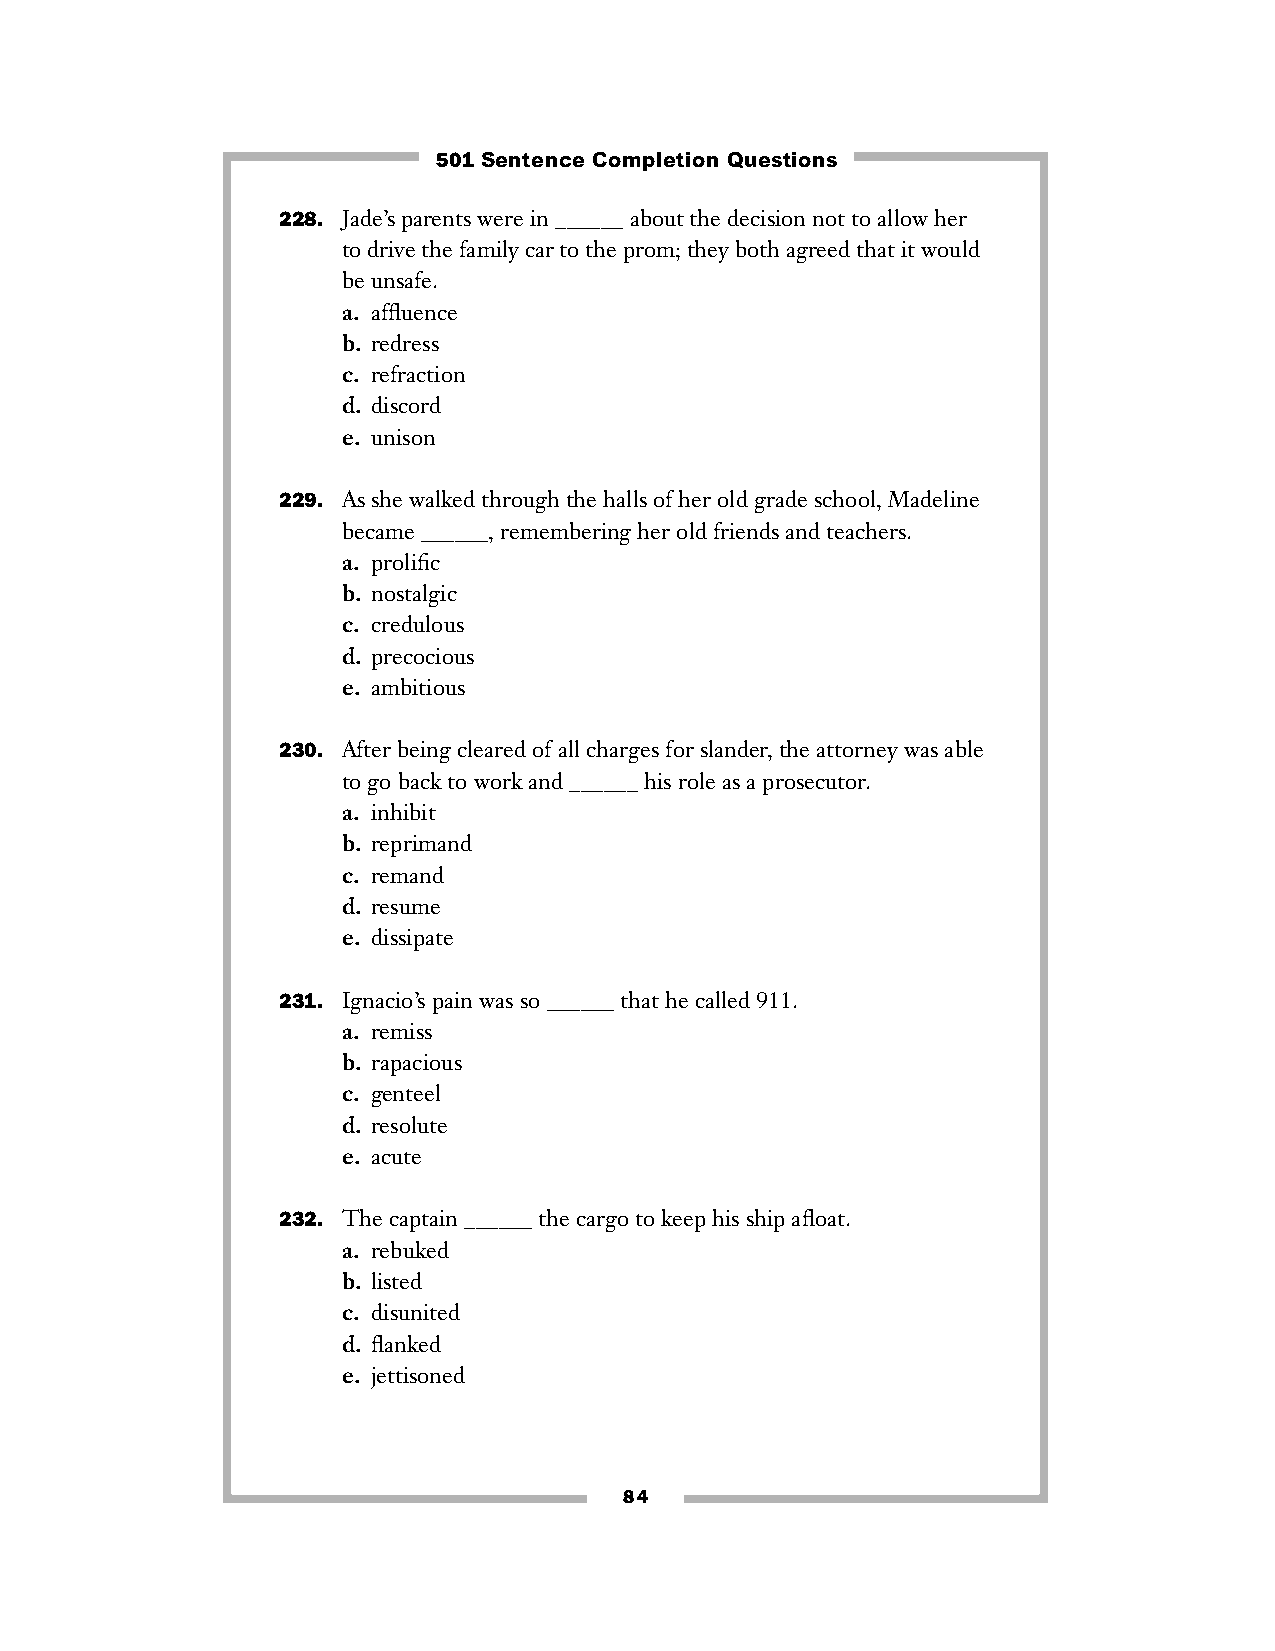
501 Sentence Completion Questions
 228. Jade’s parents were in ______ about the decision not to allow her
 to drive the family car to the prom; they both agreed that it would
 be unsafe.
 a. affluence
 b. redress
 c. refraction
 d. discord
 e. unison
 229. As she walked through the halls of her old grade school, Madeline
 became ______, remembering her old friends and teachers.
 a. prolific
 b. nostalgic
 c. credulous
 d. precocious
 e. ambitious
 230. After being cleared of all charges for slander, the attorney was able
 to go back to work and ______ his role as a prosecutor.
 a. inhibit
 b. reprimand
 c. remand
 d. resume
 e. dissipate
 231. Ignacio’s pain was so ______ that he called 911.
 a. remiss
 b. rapacious
 c. genteel
 d. resolute
 e. acute
 232. The captain ______ the cargo to keep his ship afloat.
 a. rebuked
 b. listed
 c. disunited
 d. flanked
 e. jettisoned
 84